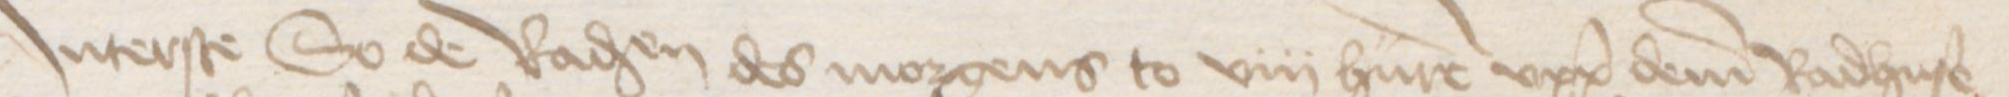
Jnterste so de Radsendeboden des morgens to viii hure vppe deme Radhuse